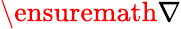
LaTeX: \ensuremath{\nabla}